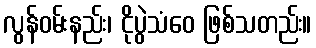
လွန်ဝမ်းနည်း၊ ငိုပွဲသံဝေ ဖြစ်သတည်း။